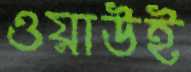
ওয়াউই